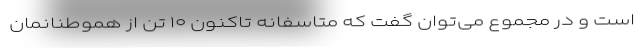
است و در مجموع می‌توان گفت که متاسفانه تاکنون ۱۰ تن از هموطنانمان